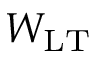
W _ { \mathrm { L T } }